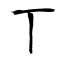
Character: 丅